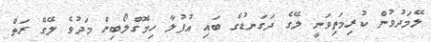
ލޭމަދުވުން ކުރިމަތިވަނީ ލޭގެ ދަގަނޑުގެ ބައި އުފުލާ ހިމޮގްލޯބިން މަދުވެ ލޭގެ ރަތް